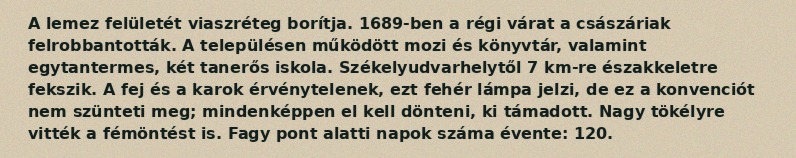
A lemez felületét viaszréteg borítja. 1689-ben a régi várat a császáriak felrobbantották. A településen működött mozi és könyvtár, valamint egytantermes, két tanerős iskola. Székelyudvarhelytől 7 km-re északkeletre fekszik. A fej és a karok érvénytelenek, ezt fehér lámpa jelzi, de ez a konvenciót nem szünteti meg; mindenképpen el kell dönteni, ki támadott. Nagy tökélyre vitték a fémöntést is. Fagy pont alatti napok száma évente: 120.